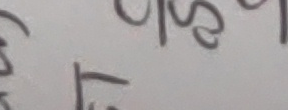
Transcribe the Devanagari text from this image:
) सोत्स
ढि